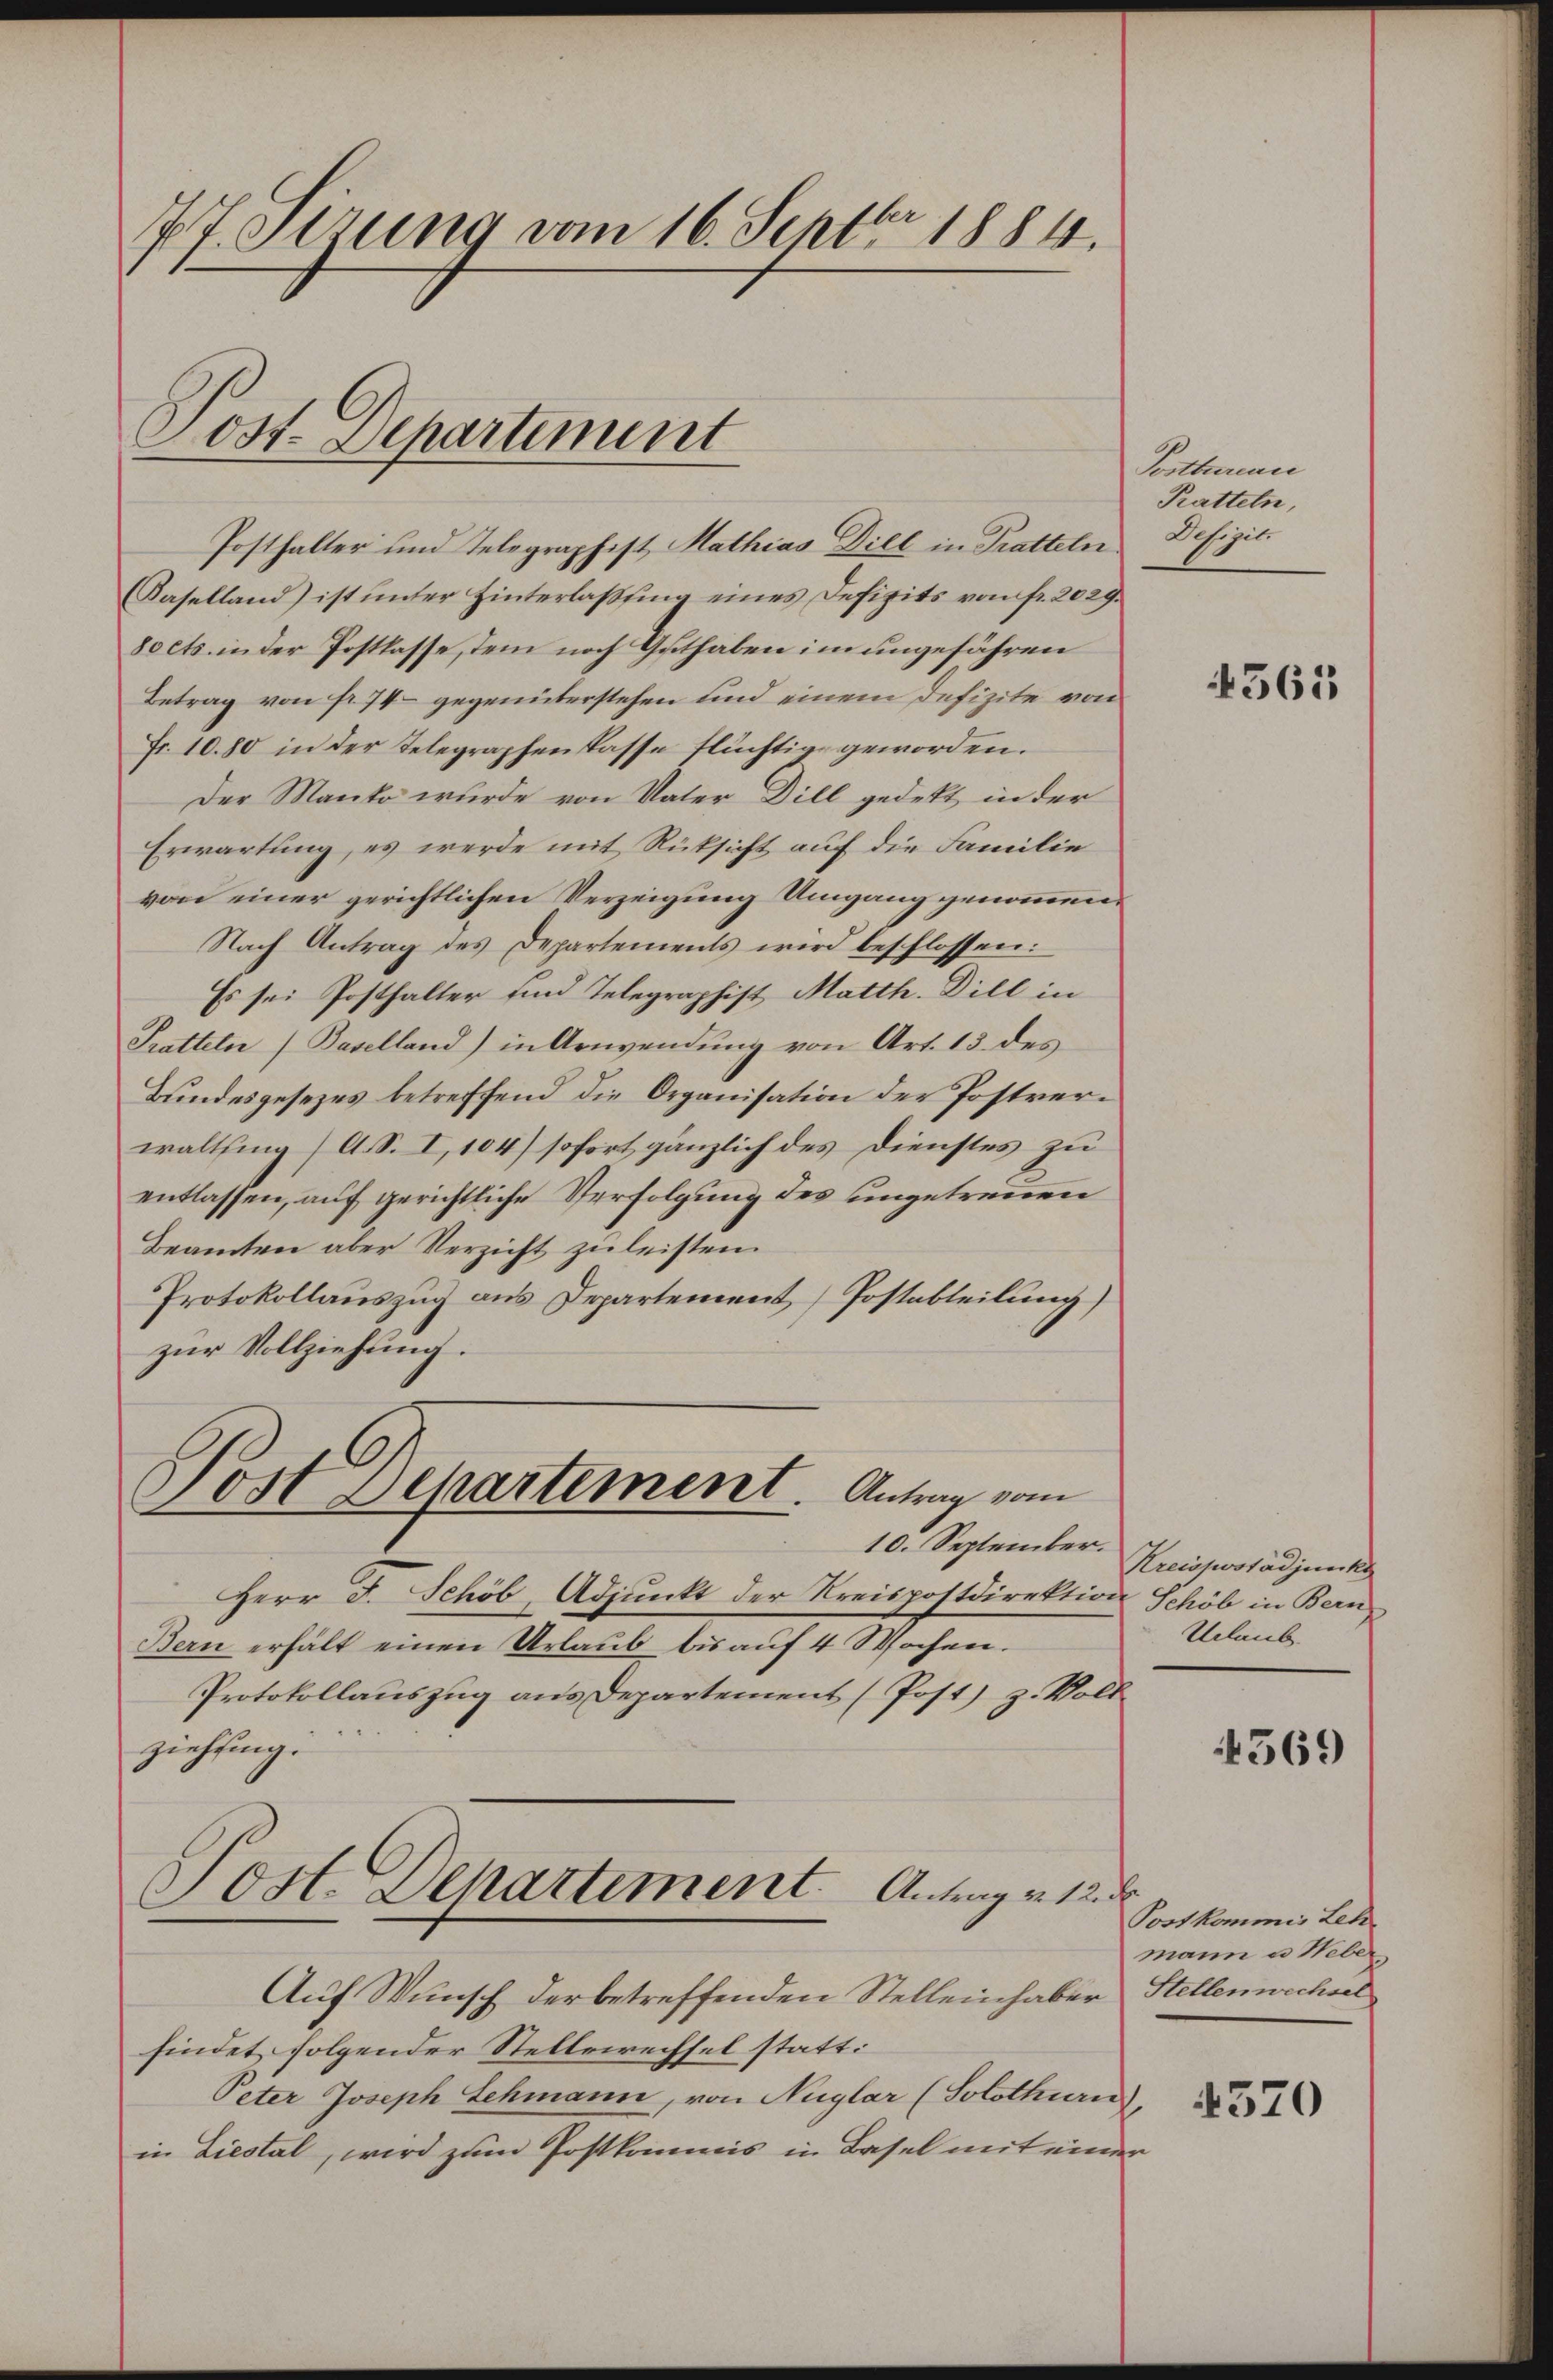
77. Serung vom 16. Septbr 1884.

Post. Departement

Posthalter und Telegraphist Mathias Diel in Pratteln.
(Kaselland) ist unter Hinterlaßung eines Defizits von fr. 2029.
8oets in der Postlasse, dem noch Guthaben im ungefähren
Betrag von fr. 74 gegenüberstehen und einem Defizite von
Fr. 1080 in der Telegraphenkasse flüchtig geworden.
Der Manko wurde von Vater Dill gedekt, in der
Erwartung, es werde mit Rücksicht auf die Familie
von einer gerichtlichen Verzeigung Umgang genommen.
Nach Antrag des Departements wird beschlossen:
Es sei Posthalter und Telegraphist, Matth. Dill in
Pratteln (Baselland) in Anwendung von Art. 13. des
Bundesgesezes betreffend die Organisation der Postver-
walting (A. S. I, 104) sofort gänzlich des Dienstes zu
entlassen, auf gerichtliche Verfolgung des ungetrennen
Beamten aber Verzicht zŭ leisten.
Protokollauszug aus Departement Postabteilung)
zur Vollziehung.
Tost Departement. Antrag vom
10. September.
Herr F. Schöb, Adjunkt der Kreispostdirektion Schöb in Bern
Bern erhält einen Urlaub bis auf 4 Wochen.
Protokollauszug aus Departement (Post) z. Voll
ziehung.
Post. Departement. Antrag v. 12. d
Auf Wunsch der betreffenden Stelleinhaber Stellenwechsel
findet folgender Stellenechsel statt:
Peter Joseph Schmann, von Nüglar (Solothurn,
in Liestal, wird zum Postkommis in Basel mit einer

Postbureau
Ratteln,
Scipit

4561

Kreispostadjunks
Urlaub

4569

Postkommis Leh
mann a Weber

370